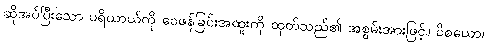
ဆိုအပ်ပြီးသော ပရိယာယ်ကို ဝေဖန်ခြင်းအထူးကို ထုတ်သည်၏ အစွမ်းအားဖြင့်။ ဝိစယော၊